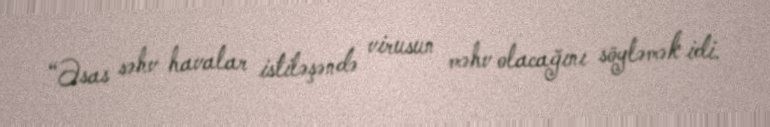
“Əsas səhv havalar istiləşəndə virusun məhv olacağını söyləmək idi.